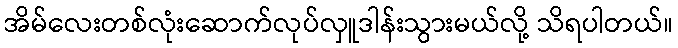
အိမ်လေးတစ်လုံးဆောက်လုပ်လှူဒါန်းသွားမယ်လို့ သိရပါတယ်။